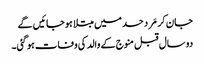
جان کر مَرد حسد میں مبتلا ہوجائیں گے
دو سال قبل منوج کے والد کی وفات ہو گئی۔